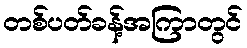
တစ်ပတ်ခန့်အကြာတွင်